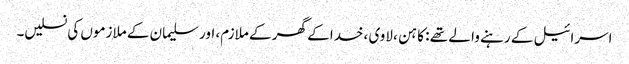
اسرائیل کے رہنے وا لے تھے : کا ہن ، لاوی ،خدا کے گھر کے ملازم، اور سلیمان کے ملازموں کی نسلیں۔